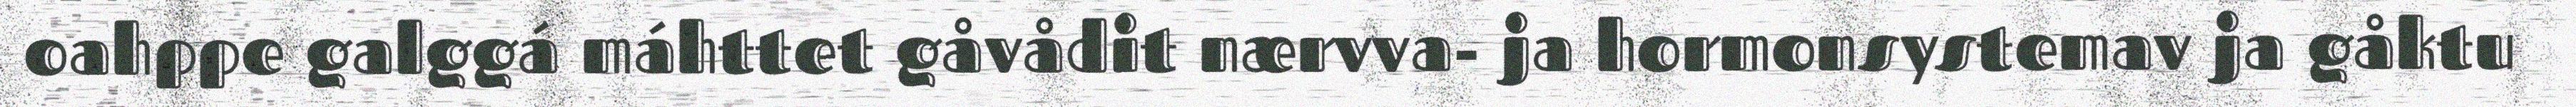
oahppe galggá máhttet gåvådit nærvva- ja hormonsystemav ja gåktu